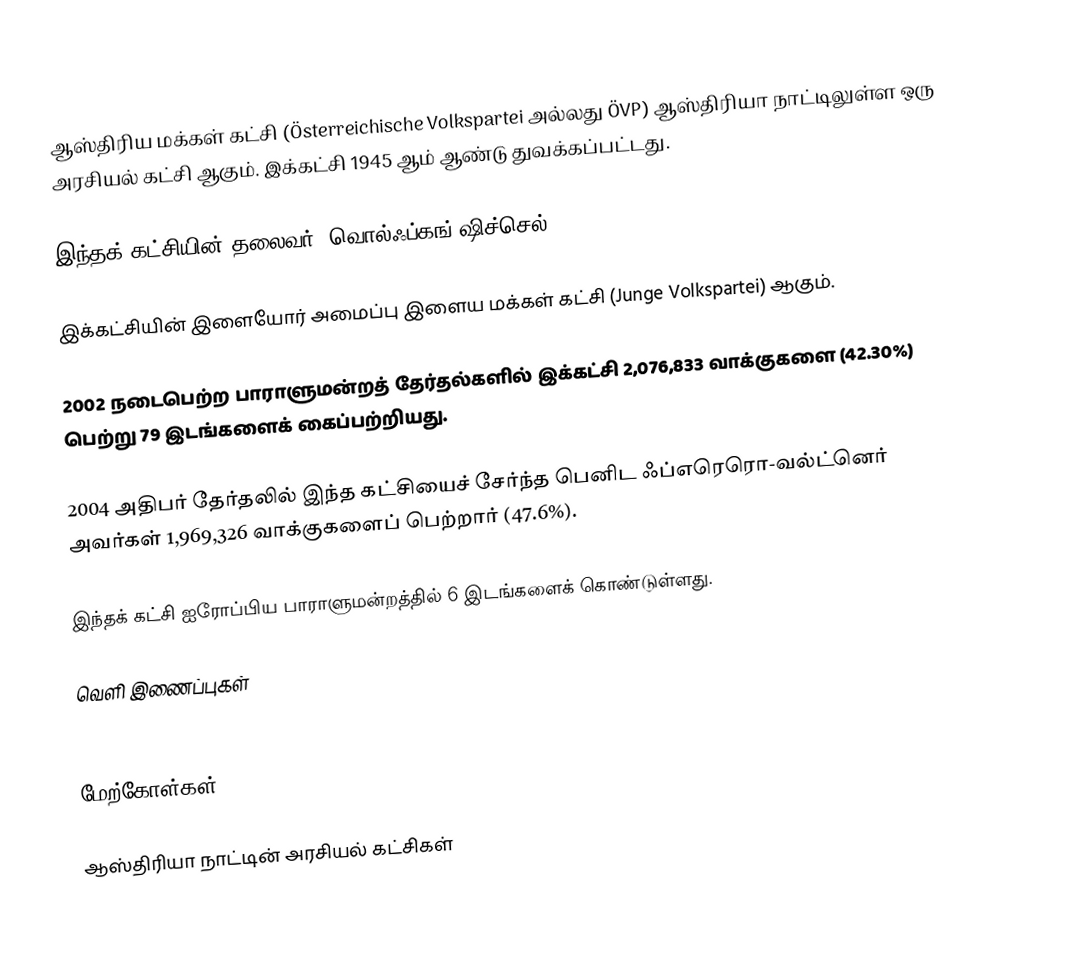
ஆஸ்திரிய மக்கள் கட்சி (Österreichische Volkspartei அல்லது ÖVP) ஆஸ்திரியா நாட்டிலுள்ள ஒரு அரசியல் கட்சி ஆகும். இக்கட்சி 1945 ஆம் ஆண்டு துவக்கப்பட்டது.

இந்தக் கட்சியின் தலைவர்: வொல்ஃப்கங் ஷிச்செல்

இக்கட்சியின் இளையோர் அமைப்பு இளைய மக்கள் கட்சி (Junge Volkspartei) ஆகும்.

2002 நடைபெற்ற பாராளுமன்றத் தேர்தல்களில் இக்கட்சி 2,076,833 வாக்குகளை (42.30%) பெற்று 79 இடங்களைக் கைப்பற்றியது.

2004 அதிபர் தேர்தலில் இந்த கட்சியைச் சேர்ந்த பெனிட ஃப்எரெரொ-வல்ட்னெர் அவர்கள் 1,969,326 வாக்குகளைப் பெற்றார் (47.6%).

இந்தக் கட்சி ஐரோப்பிய பாராளுமன்றத்தில் 6 இடங்களைக் கொண்டுள்ளது.

வெளி இணைப்புகள்
 ÖVP

மேற்கோள்கள்

ஆஸ்திரியா நாட்டின் அரசியல் கட்சிகள்